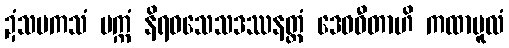
ဍံသမကသံ ပက္ကံ နိရဝသေသဒဿနတ္ထံ ဒေဝဓီတာဟိ ကထာမူလံ